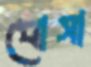
ধোসা